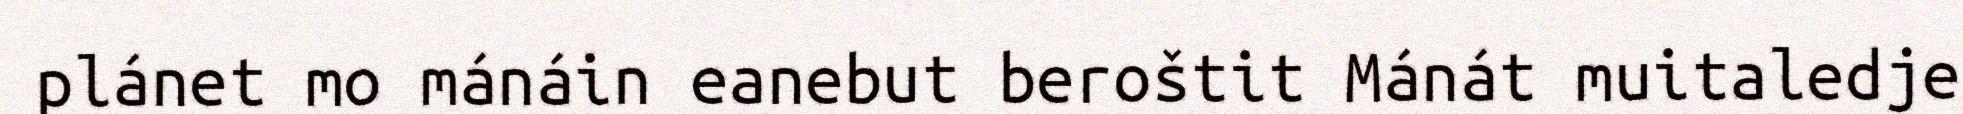
plánet mo mánáin eanebut beroštit Mánát muitaledje